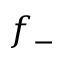
f _ { - }